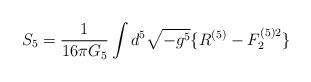
LaTeX: \begin{align*}S_5=\frac{1}{16\pi G_5}\int d^5\sqrt{-g^5}\{R^{(5)}-F_2^{(5)2}\}\end{align*}